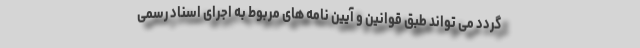
گردد می تواند طبق قوانین و آیین نامه های مربوط به اجرای اسناد رسمی